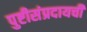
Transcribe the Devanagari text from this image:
पुष्टीसंप्रदायची